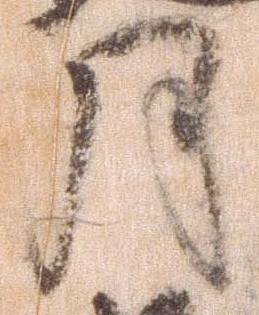
月